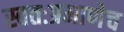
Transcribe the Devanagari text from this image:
स्वतःप्रमाणेच